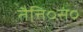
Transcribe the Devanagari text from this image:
तैत्ति०सं०